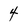
Character: 4